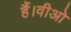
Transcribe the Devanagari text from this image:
हैं।वीओ